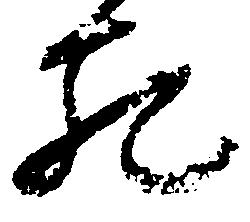
死